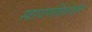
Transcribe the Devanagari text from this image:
स्वरवर्णविशिष्टेन